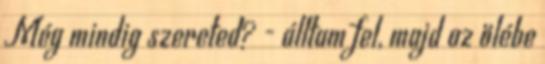
Még mindig szereted? - álltam fel, majd az ölébe